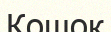
Кошок